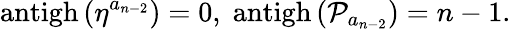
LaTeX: \mathrm{antigh}\left(\eta^{a_{n-2}}\right)=0,\; \mathrm{antigh}\left(\mathcal{P}_{a_{n-2}}\right)=n-1.